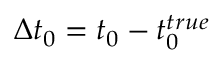
\Delta t _ { 0 } = t _ { 0 } - t _ { 0 } ^ { t r u e }